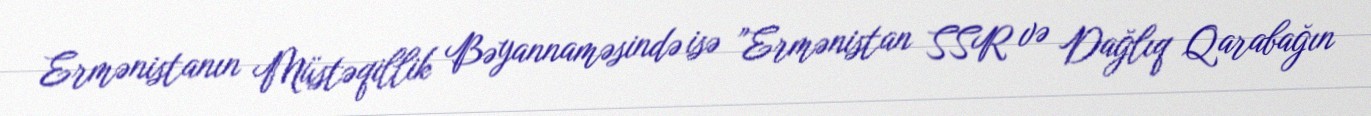
Ermənistanın Müstəqillik Bəyannaməsində isə ”Ermənistan SSR və Dağlıq Qarabağın